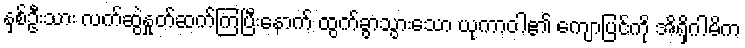
နှစ်ဦးသား လက်ဆွဲနှုတ်ဆက်ကြပြီးနောက် ထွက်ခွာသွားသော ယုကာဝါ၏ ကျောပြင်ကို အိရှိဂါမိက